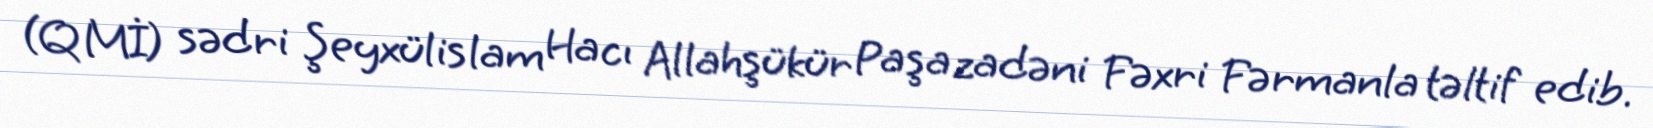
(QMİ) sədri Şeyxülislam Hacı Allahşükür Paşazadəni Fəxri Fərmanla təltif edib.